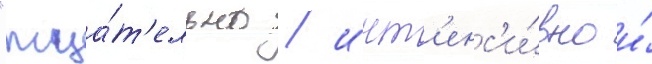
"тща́т'ельно / инт'енс'и́вно и́